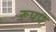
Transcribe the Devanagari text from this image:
रूपप